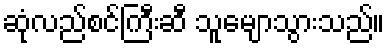
ဆုံလည်စင်ကြီးဆီ သူမျောသွားသည်။